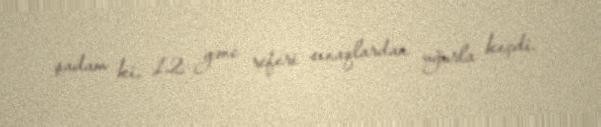
şadam ki, 12 gənc referi sınaqlardan uğurla keçdi.